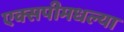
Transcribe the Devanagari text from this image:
एक्सपीमधल्या